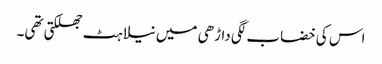
اس کی خضاب لگی داڑھی میں نیلاہٹ جھلکتی تھی۔